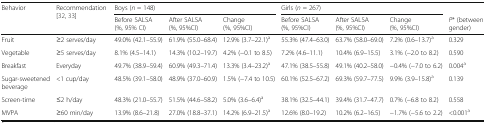
<table><thead><tr><td rowspan="2"><b>Behavior</b></td><td rowspan="2"><b>Recommendation [32, 33]</b></td><td colspan="3"><b>Boys (<i>n</i> = 148)</b></td><td colspan="3"><b>Girls (<i>n</i> = 267)</b></td><td></td></tr><tr><td><b>Before SALSA(%, 95% CI)</b></td><td><b>After SALSA(%, 95%CI)</b></td><td><b>Change(%, 95%CI)</b></td><td><b>Before SALSA(%, 95%CI)</b></td><td><b>After SALSA(%, 95%CI)</b></td><td><b>Change(%, 95%CI)</b></td><td><b><i>P</i>* (between gender)</b></td></tr></thead><tbody><tr><td>Fruit</td><td>≥2 serves/day</td><td>49.0% (42.1–55.9)</td><td>61.9% (55.0–68.4)</td><td>12.9% (3.7–22.1)<sup>a</sup></td><td>55.3% (47.4–63.0)</td><td>63.7% (58.0–69.0)</td><td>7.2% (0.6–13.7)<sup>a</sup></td><td>0.329</td></tr><tr><td>Vegetable</td><td>≥5 serves/day</td><td>8.1% (4.5–14.1)</td><td>14.3% (10.2–19.7)</td><td>4.2% (−0.1 to 8.5)</td><td>7.2% (4.6–11.1)</td><td>10.4% (6.9–15.5)</td><td>3.1% (−2.0 to 8.2)</td><td>0.590</td></tr><tr><td>Breakfast</td><td>Everyday</td><td>49.7% (38.9–59.4)</td><td>60.9% (49.3–71.4)</td><td>13.3% (3.4–23.2)<sup>a</sup></td><td>47.1% (38.5–55.8)</td><td>49.1% (40.2–58.0)</td><td>−0.4% (−7.0 to 6.2)</td><td>0.004<sup>a</sup></td></tr><tr><td>Sugar-sweetened beverage</td><td>&lt;1 cup/day</td><td>48.5% (39.1–58.0)</td><td>48.9% (37.0–60.9)</td><td>1.5% (−7.4 to 10.5)</td><td>60.1% (52.5–67.2)</td><td>69.3% (59.7–77.5)</td><td>9.9% (3.9–15.8)<sup>a</sup></td><td>0.139</td></tr><tr><td>Screen-time</td><td>≤2 h/day</td><td>48.3% (21.0–55.7)</td><td>51.5% (44.6–58.2)</td><td>5.0% (3.6–6.4)<sup>a</sup></td><td>38.1% (32.5–44.1)</td><td>39.4% (31.7–47.7)</td><td>0.7% (−6.8 to 8.2)</td><td>0.558</td></tr><tr><td>MVPA</td><td>≥60 min/day</td><td>13.9% (8.6–21.8)</td><td>27.0% (18.8–37.1)</td><td>14.2% (6.9–21.5)<sup>a</sup></td><td>12.6% (8.0–19.2)</td><td>10.2% (6.2–16.5)</td><td>−1.7% (−5.6 to 2.2)</td><td>&lt;0.001<sup>a</sup></td></tr></tbody></table>